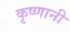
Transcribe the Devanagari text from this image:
कृष्णानी